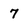
Character: 7